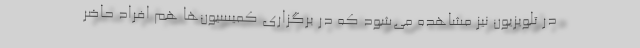
در تلویزیون نیز مشاهده می‌شود که در برگزاری کمیسیون‌ها هم افراد حاضر